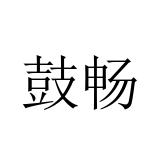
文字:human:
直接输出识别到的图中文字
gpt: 鼓畅